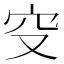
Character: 𥤦